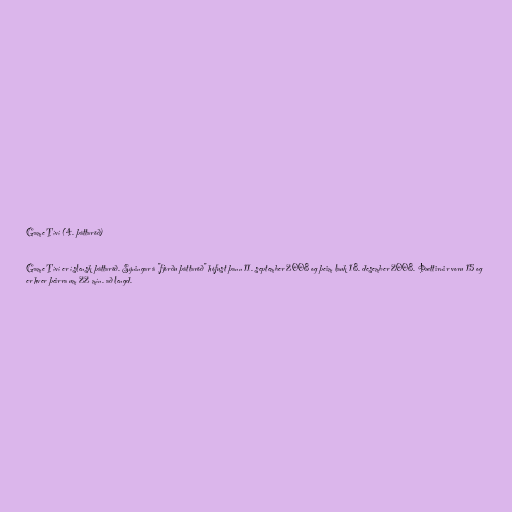
Game Tíví (4. þáttaröð)

Game Tíví er íslensk þáttaröð. Sýningar á "fjórðu þáttaröð" hófust þann 11. september 2008 og þeim lauk 18. desember 2008. Þættirnir voru 15 og
er hver þeirra um 22 mín. að lengd.